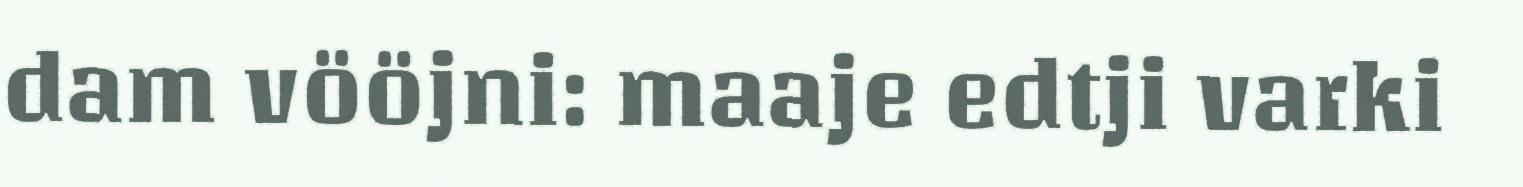
dam vööjni: maaje edtji varki